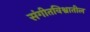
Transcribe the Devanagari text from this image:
संगीतविश्वातील